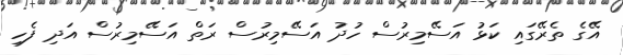
އޭގެ ތެރޭގައި ކަޅު އަސޭމިރުސް ހުދު އަސޭމިރުސް ރަތް އަސޭމިރުސް އަދި ފެހި